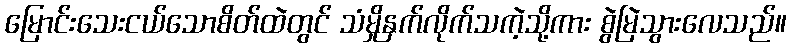
မြောင်းသေးငယ်သောစိတ်ထဲတွင် သံမှိုနှက်လိုက်သကဲ့သို့ကား စွဲမြဲသွားလေသည်။